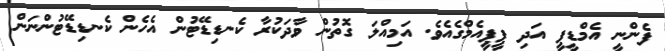
ފެންނީ އެމްޑީޕީ އަދި ޕީޕީއެމްގެއެވެ. އަމިއްލަ ގޮތުން ވާދަކުރާ ކެނޑިޑޭޓުން އެހެން ކެނޑިޑޭޓުންނަން